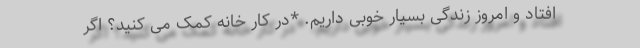
افتاد و امروز زندگی بسیار خوبی داریم. *در کار خانه کمک می کنید؟ اگر